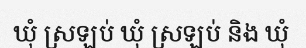
ឃុំ ស្រឡប់ ឃុំ ស្រឡប់ និង ឃុំ